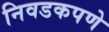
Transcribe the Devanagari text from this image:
निवडकपणे